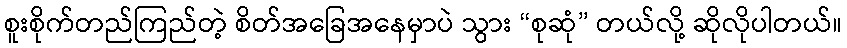
စူးစိုက်တည်ကြည်တဲ့ စိတ်အခြေအနေမှာပဲ သွား “စုဆုံ” တယ်လို့ ဆိုလိုပါတယ်။